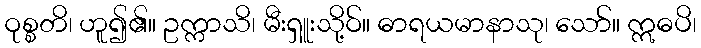
ဝုစ္စတိ၊ ဟူ၍၏။ ဥက္ကာသိ၊ မီးရှူးသို့ဝ်။ ဓာရယမာနာသု၊ သော်။ ဣဓပိ၊